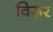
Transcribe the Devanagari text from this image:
विरूर